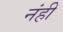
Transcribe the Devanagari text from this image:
नंही